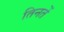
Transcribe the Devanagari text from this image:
तिनतें